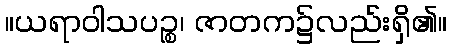
။ယရာဝါသပဉ္စ၊ ဇာတက၌လည်းရှိ၏။